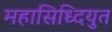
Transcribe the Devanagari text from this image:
महासिध्दियुत